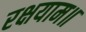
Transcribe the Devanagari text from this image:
रक्षयाम॥